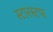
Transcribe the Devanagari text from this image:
स्टारस्टफ